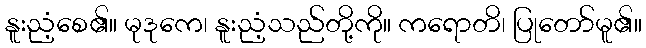
နူးညံ့စေ၏။ မုဒုကေ၊ နူးညံ့သည်တို့ကို။ ကရောတိ၊ ပြုတော်မူ၏။